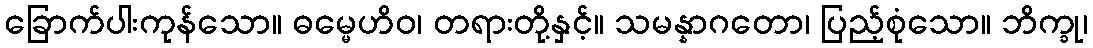
ခြောက်ပါးကုန်သော။ ဓမ္မေဟိဝ၊ တရားတို့နှင့်။ သမန္နာဂတော၊ ပြည့်စုံသော။ ဘိက္ခု၊